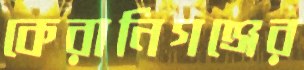
কেরানিগঞ্জের